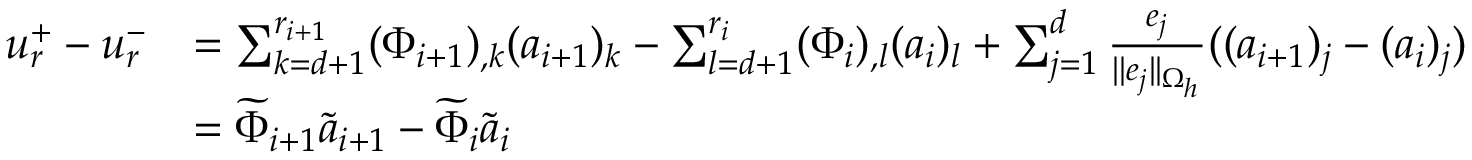
\begin{array} { r l } { \boldsymbol { u } _ { r } ^ { + } - \boldsymbol { u } _ { r } ^ { - } } & { = \sum _ { k = d + 1 } ^ { r _ { i + 1 } } ( \Phi _ { i + 1 } ) _ { , k } ( \boldsymbol { a } _ { i + 1 } ) _ { k } - \sum _ { l = d + 1 } ^ { r _ { i } } ( \Phi _ { i } ) _ { , l } ( \boldsymbol { a } _ { i } ) _ { l } + \sum _ { j = 1 } ^ { d } \frac { \boldsymbol { e } _ { j } } { | | \boldsymbol { e } _ { j } | | _ { \Omega _ { h } } } ( ( \boldsymbol { a } _ { i + 1 } ) _ { j } - ( \boldsymbol { a } _ { i } ) _ { j } ) } \\ & { = \widetilde { \Phi } _ { i + 1 } \widetilde { \boldsymbol { a } } _ { i + 1 } - \widetilde { \Phi } _ { i } \widetilde { \boldsymbol { a } } _ { i } } \end{array}